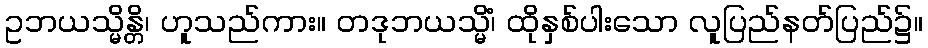
ဥဘယသ္မိန္တိ၊ ဟူသည်ကား။ တဒုဘယသ္မိံ၊ ထိုနှစ်ပါးသော လူပြည်နတ်ပြည်၌။